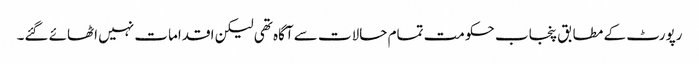
رپورٹ کے مطابق پنجاب حکومت تمام حالات سے آگاہ تھی لیکن اقدامات نہیں اٹھائے گئے۔